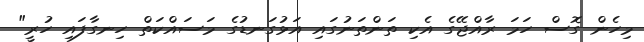
މިހެން ގޮސް ހަމަ ރާއްޖޭގެ އެކި ތަންތަނުގައި އަޅުގަނޑުގެ މަސައްކަތް ހިނގާފައި ހުރީ"